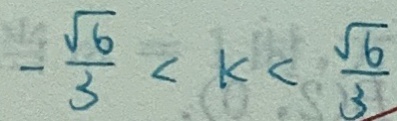
- \frac { \sqrt { 6 } } { 3 } < k < \frac { \sqrt { 6 } } { 3 }